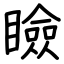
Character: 瞼